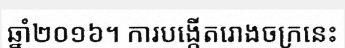
ឆ្នាំ២០១៦។ ការបង្កើតរោងចក្រនេះ